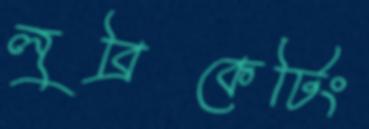
লুব্রিকেটিং